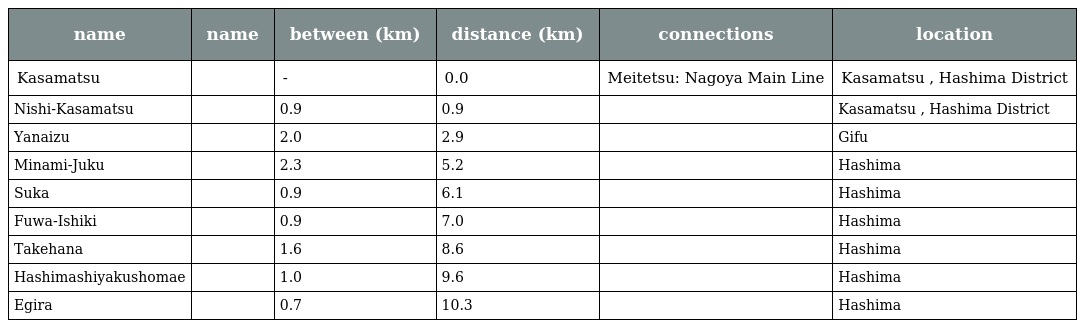
| name | name | between (km) | distance (km) | connections | location |
 | --- | --- | --- | --- | --- | --- |
 | Kasamatsu | 笠松 | - | 0.0 | Meitetsu: Nagoya Main Line | Kasamatsu , Hashima District |
 | Nishi-Kasamatsu | 西笠松 | 0.9 | 0.9 |  | Kasamatsu , Hashima District |
 | Yanaizu | 柳津 | 2.0 | 2.9 |  | Gifu |
 | Minami-Juku | 南宿 | 2.3 | 5.2 |  | Hashima |
 | Suka | 須賀 | 0.9 | 6.1 |  | Hashima |
 | Fuwa-Ishiki | 不破一色 | 0.9 | 7.0 |  | Hashima |
 | Takehana | 竹鼻 | 1.6 | 8.6 |  | Hashima |
 | Hashimashiyakushomae | 羽島市役所前 | 1.0 | 9.6 |  | Hashima |
 | Egira | 江吉良 | 0.7 | 10.3 |  | Hashima |